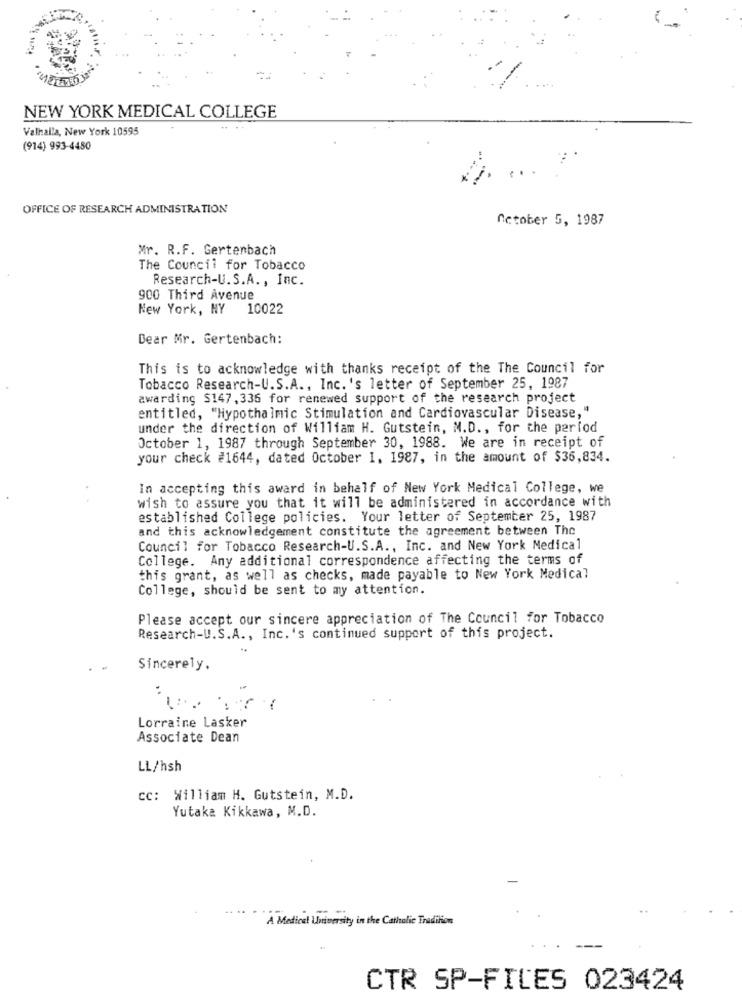
NEW YORK MEDICAL COLLEGE
Valhalla, New York 10595
(914) 993-4480
..
OFFICE OF RESEARCH ADMINISTRATION
October 5, 1987
Mr. R.F. Gertenbach
The Council for Tobacco
Research-U.S.A ., Inc.
900 Third Avenue
New York, NY 10022
Dear Mr. Gertenbach:
This is to acknowledge with thanks receipt of the The Council for
Tobacco Research-U.S.A ., Inc.'s letter of September 25, 1987
awarding $147, 336 for renewed support of the research project
entitled, "Hypothalmic Stimulation and Cardiovascular Disease,"
under the direction of William H. Gutstein, M.D ., for the period
October 1, 1987 through September 30, 1988. We are in receipt of
your check #1644, dated October I. 1987, in the amount of $36,834.
In accepting this award in behalf of New York Medical College, we
wish to assure you that it will be administered in accordance with
established College policies. Your letter of September 25, 1987
and this acknowledgement constitute the agreement between The
Council for Tobacco Research-U.S.A ., Inc. and New York Medical
College. Any additional correspondence affecting the terms of
this grant, as well as checks, made payable to New York Medical
College, should be sent to my attention.
Please accept our sincere appreciation of The Council for Tobacco
Research-U.S.A ., Inc.'s continued support of this project.
Sincerely.
Lorraine Lasker
Associate Dean
LL/hsh
cc: William H. Gutstein, M.D.
Yutaka Kikkawa, M.D.
A Medical University in the Catholic Tradition
CTR SP-FILES 023424